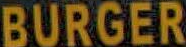
BURGER